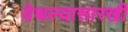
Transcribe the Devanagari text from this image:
येथल्यासारखी